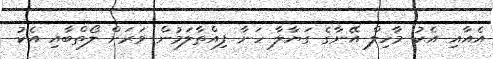
އެއާއި އެކު މާހިލް އޭނާގެ ގަޔާލާ ހަނާ ފިއްތާލަމުން ވަރަށް ލޯތްބާއި އެކު